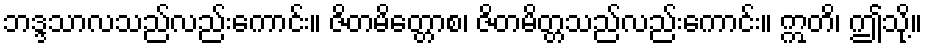
ဘဒ္ဒသာလသည်လည်းကောင်း။ ဇိတမိတ္တောစ၊ ဇိတမိတ္တသည်လည်းကောင်း။ ဣတိ၊ ဤသို့။